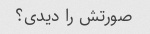
صورتش را دیدی؟